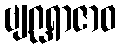
ဗျဂ္ဃရာဇာဝ